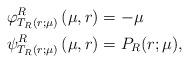
LaTeX: \begin{align*}\varphi^R_{T_R(r;\mu)}\left( \mu, r \right) &= -\mu \\\psi^R_{T_R(r;\mu)}\left( \mu, r \right) &= P_R(r;\mu),\end{align*}